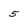
Character: 5